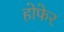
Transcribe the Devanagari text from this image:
होफेर